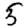
Digit: 5